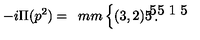
- i \Pi ( p ^ { 2 } ) = \begin{array} { c } { \unitlength 4 m m \left\{ \begin{picture} { ( 3 , 2 ) \put ( 0 , 1 ) { \line ( 1 , 0 ) { . 5 } } \put ( 2 . 5 , 1 ) { \line ( 1 , 0 ) { . 5 } } \put ( . 5 , 0 ) { \framebox ( 2 , 2 ) { } } } \\ \end{picture} \right. } \\ \end{array}